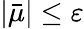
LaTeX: |\bar{\mu}|\le\varepsilon